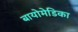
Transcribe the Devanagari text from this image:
बायोमेडिका